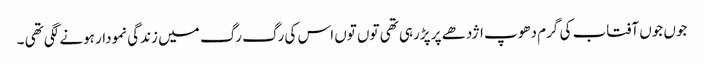
جوں جوں آفتاب کی گرم دھوپ اژدھے پر پڑرہی تھی توں توں اس کی رگ رگ میں زندگی نمودار ہونے لگی تھی ۔